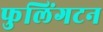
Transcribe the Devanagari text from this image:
फुलिंगटन